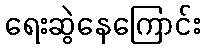
ရေးဆွဲနေကြောင်း